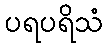
ပရပရိသံ